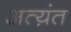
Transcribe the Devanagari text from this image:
अत्य़ंत